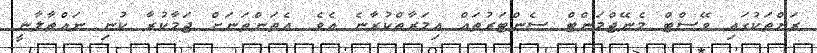
ރަށްތަކުގައި ވޭސްޓް މެނޭޖްމަންޓް ސެންޓަރުތައް އިމަރާތްކުރާނެ އެވެ. އެތަންތަނަށް ޖަމާކުރާ ކުނި ނައްތާލާނީ